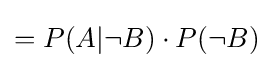
=P(A|\neg B)\cdot P(\neg B)